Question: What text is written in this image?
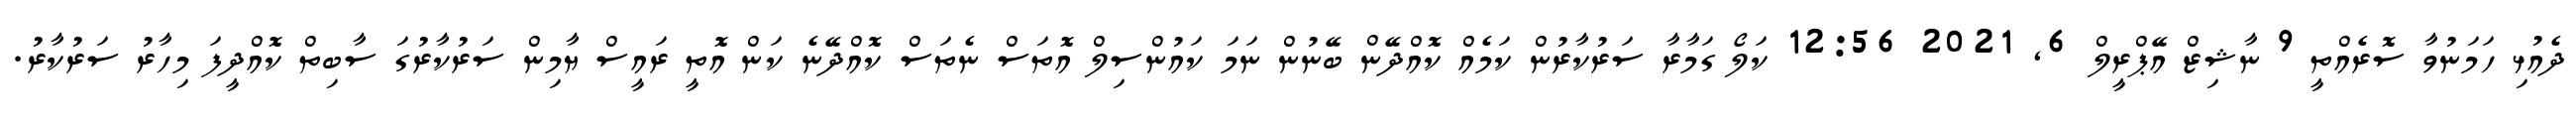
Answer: ދެއުޅި ހަމަނުވާ ސޮރެއްތީ 9 ނާޝިޒް އޭޕްރީލް 6, 2021 12:56 ކަލޯ ގަމާރާ ސަރުކާރުން ކަމެއް ކޮއްދޭން ބޭނުން ނަމަ ކައުންސިލް އޮތަސް ނެތަސް ކޮއްދޭނެ ކަން އޮތީ ރައީސް ޔާމިން ސަރުކާރުގަ ސާބިތް ކޮއްދީފަ މިހާރު ސަރުކާރު.